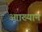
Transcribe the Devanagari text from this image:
आाख्यान